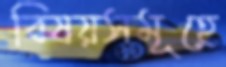
বিষয়সমূহে